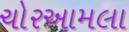
ચોરઆમલા